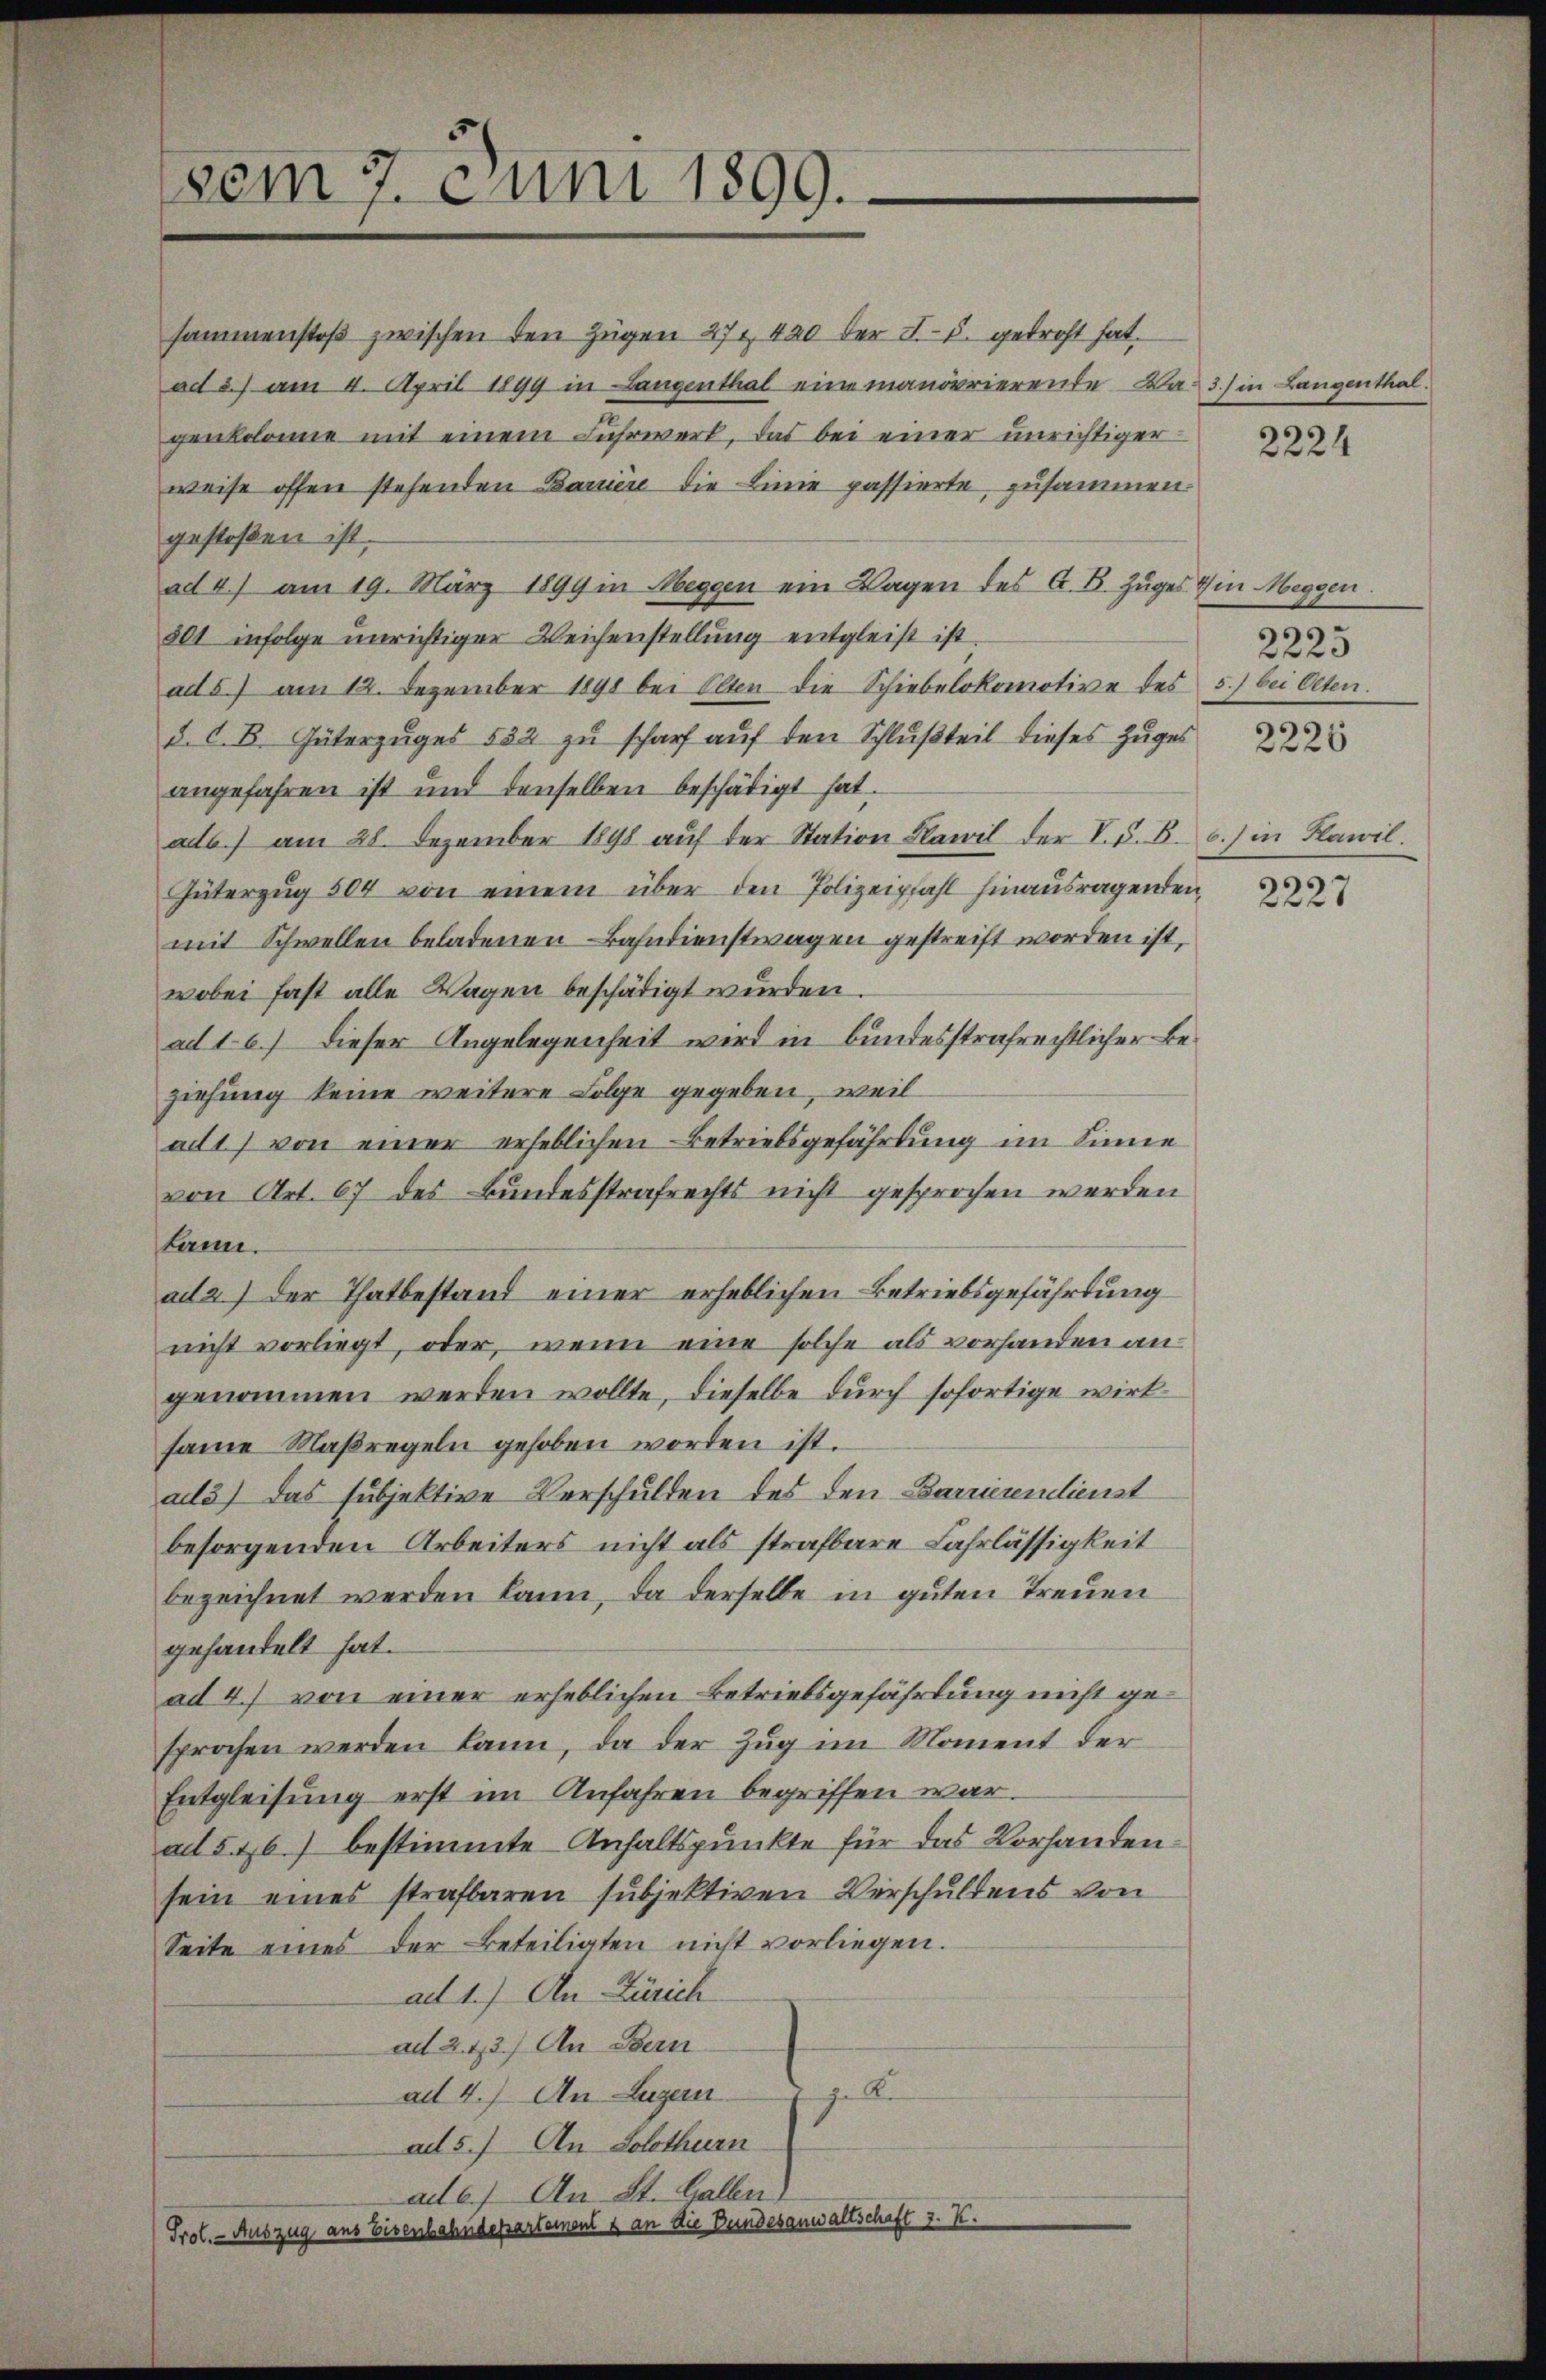
vom 7. Juni 1899.

sammenstoß zwischen den Zügen 27. 420 der I. 5. gedroht hat.
ad 3.) am 4. April 1899 in Langenthal eine manorrierende Da- 3.) in Langenthal.
genkolonie mit einem Fuhrwerk, das bei einer unrichtiger
weise offen stehenden Barrière die Linie passierte zusammen.
gestoßen ist.
ad 4.) am 19. März 1899 in Meggen ein Wagen des C. B. Zuges in Meggen.
501 infolge unrichtiger Weichenstellung entgleist ist.
ad 5) am 12. Dezember 1891 bei Olten die Schiebelokomotive des 5.) bei Olten.
d. d. B. Güterzuges 532 zu scharf auf den Schlußteil dieses Zuges
angefahren ist und denselben beschädigt hat.
adb.) am 28. Dezember 1898 aŭf der Station Pawil der V. d. B. b.) in Plawil.
Güterzŭg 504 von einem über den Polizeipfahl hinausragenden,
mit Schwellen beladenen Bahndienstwagen gestreift worden ist,
wobei fast alle Wagen beschädigt wurden.
ad 16.) dieser Angelegenheit wird in bundesstrafrechtlicher Beziehung keine weitere Folge gegeben, weil
ad1) von einer erheblichen Betriebsgefährdung im Sinne
von Art. 67 des Bundesstrafrechts nicht gesprochen werden
kann.
ad 2.) Der Thatbestand einer erheblichen Betriebsgefährdung
nicht vorliegt, oder, wenn eine solche als vorhanden angenommen werden wollte, dieselbe durch sofortige wirksame Maßregeln gehoben worden ist.
ad3) Das subjektive Verschulden des den Barrierendienst
besorgenden Arbeiters nicht als strafbare Fahrlässigkeit
bezeichnet werden kann, da derselbe in guten Treuen
gehandelt hat.
ad 4.) von einer erheblichen Betriebsgefährlung nicht gesprochen werden kann, da der Zug im Moment der
Entgleisung erst im Anfahren begriffen war.
ad 5 46) bestimmte Anhaltspunkte für das Vorhandensein eines strafbaren subjektiven Verschuldens von
Seite eines der Beteiligten nicht vorliegen.
ad 1.) An Zürich
ad 273.) An Bern
gle
ad 4.) An Luzern
ad 5.) An Solothurn
ad c.) An St. Gallen
Prot. - Auszug aus Eisenbahndepartement & an die Bundesanwaltschaft 3. K.

2224

.
2225

2226

2227